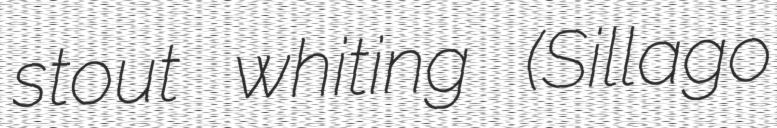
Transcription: stout whiting (Sillago